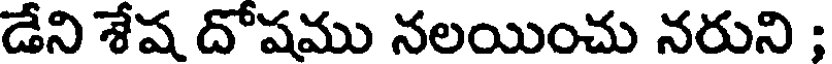
డేని శేష దోషము నలయించు నరుని ;